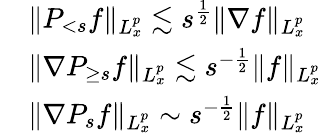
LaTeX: \begin{array}{rl}&{\| P_{<s}f\| _{L_{x}^{p}}\lesssim s^{\frac{1}{2}}\| \nabla f\| _{L_{x}^{p}}}\\ &{\| \nabla P_{\geq s}f\| _{L_{x}^{p}}\lesssim s^{-\frac{1}{2}}\| f\| _{L_{x}^{p}}}\\ &{\| \nabla P_{s}f\| _{L_{x}^{p}}\sim s^{-\frac{1}{2}}\| f\| _{L_{x}^{p}}}\end{array}